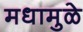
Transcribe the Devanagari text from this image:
मधामुळे